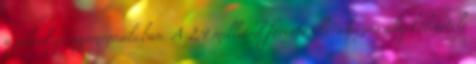
a jelenlegi nyomvonalában. A 2,4 milliárd forintos beruházás alapkõletétele